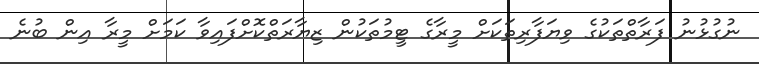
ނުގުޅުނު ފަރާތްތަކުގެ ވިޔަފާރިތަކަށް މީރާގެ ޓީމުތަކުން ޒިޔާރަތްކޮށްފައިވާ ކަމަށް މީރާ އިން ބުނެ